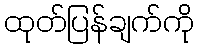
ထုတ်ပြန်ချက်ကို